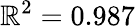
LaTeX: \mathbb{R}^{2}=0.987